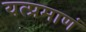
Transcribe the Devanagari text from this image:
यत्प्रमाणं